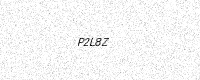
Text: P2L8Z